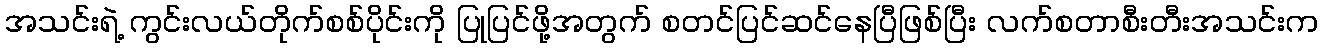
အသင်းရဲ့ ကွင်းလယ်တိုက်စစ်ပိုင်းကို ပြုပြင်ဖို့အတွက် စတင်ပြင်ဆင်နေပြီဖြစ်ပြီး လက်စတာစီးတီးအသင်းက